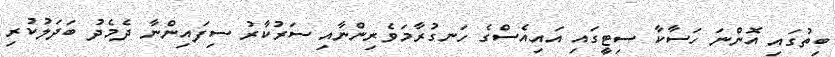
ބިތުގައި އޮންނަ ހަސާކާ ސިޓީގައި އައިއެސްގެ ހަނގުރާމަވެރިންނާއި ސަރުކާރު ސިފައިންނާ ދެމެދު ބަދަލުކުރި